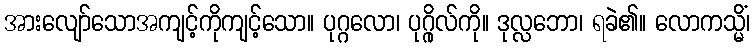
အားလျော်သောအကျင့်ကိုကျင့်သော။ ပုဂ္ဂလော၊ ပုဂ္ဂိုလ်ကို။ ဒုလ္လဘော၊ ရခဲ၏။ လောကသ္မိံ၊